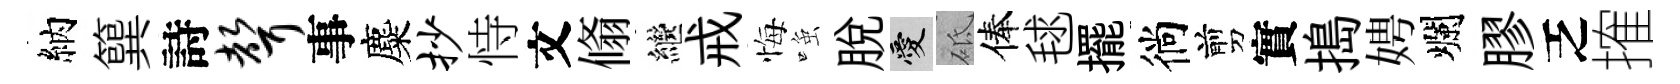
納簨詩声事麋抄恃文翛繼戒悔𫪻脱愛砥俸毬擺徜剪實搗娉爛膠乏搉